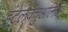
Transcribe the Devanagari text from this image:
इंटेलेक्चुअलिज्म